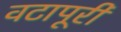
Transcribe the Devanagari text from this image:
वटापूरी